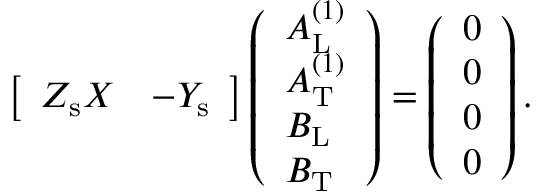
\begin{array} { r } { \left[ \begin{array} { l l } { Z _ { \mathrm { s } } X } & { - Y _ { \mathrm { s } } } \end{array} \right] \left( \begin{array} { l } { A _ { \mathrm { L } } ^ { ( 1 ) } } \\ { A _ { \mathrm { T } } ^ { ( 1 ) } } \\ { B _ { \mathrm { L } } } \\ { B _ { \mathrm { T } } } \end{array} \right) = \left( \begin{array} { l } { 0 } \\ { 0 } \\ { 0 } \\ { 0 } \end{array} \right) . } \end{array}